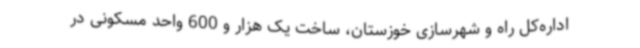
اداره‌کل راه و شهرسازی خوزستان، ساخت یک هزار و 600 واحد مسکونی در